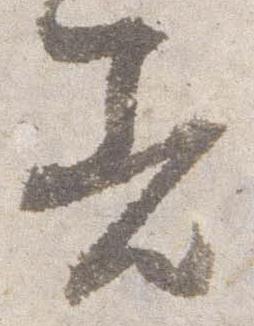
着